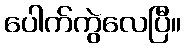
ပေါက်ကွဲလေပြီ။